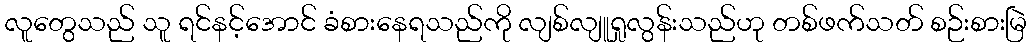
လူတွေသည် သူ ရင်နင့်အောင် ခံစားနေရသည်ကို လျစ်လျူရှုလွန်းသည်ဟု တစ်ဖက်သတ် စဉ်းစားမြဲ